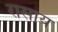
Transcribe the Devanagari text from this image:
रासाय